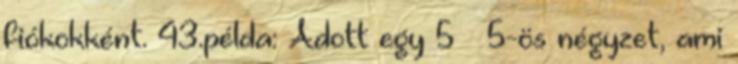
fiókokként. 43.példa: Adott egy 5 × 5-ös négyzet, ami